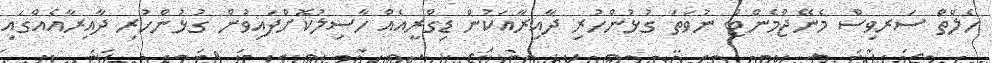
ހެލްތް ސަރވިސް މެނޭޖްމެންޓް ނުވަތަ ގުޅުންހުރި ދާއިރާއަކުން ޑިގްރީއެއް ހާސިލުކޮށްފައިވުން ގުޅުންހުރި ދާއިރާއެއްގައި